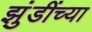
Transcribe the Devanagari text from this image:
झुंडींच्या